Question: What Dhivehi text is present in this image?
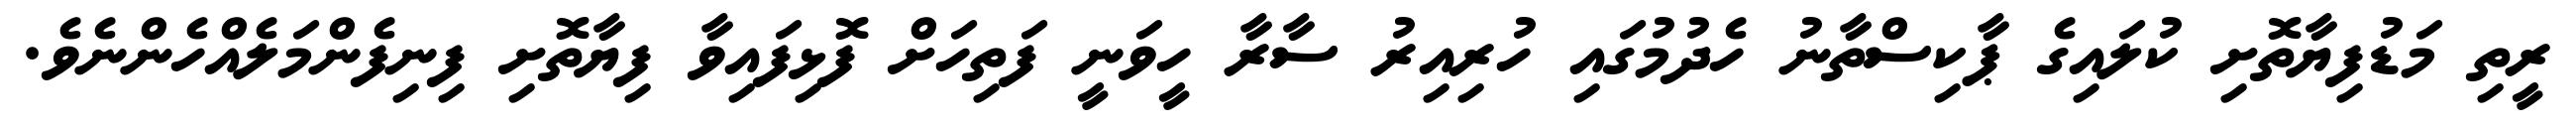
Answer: ރީތި މަޑުފިޔާތޮށި ކުލައިގެ ޕާކިސްތާނު ހެދުމުގައި ހުރިއިރު ސާރާ ހީވަނީ ފަތިހަށް ފޮޅިފައިވާ ފިޔާތޮށި ފިނިފެންމަލެއްހެންނެވެ.